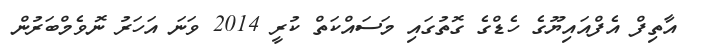
އާތިފް އެފްއައިޔޫގެ ހެޑްގެ ގޮތުގައި މަސައްކަތް ކުރީ 2014 ވަނަ އަހަރު ނޮވެމްބަރުން